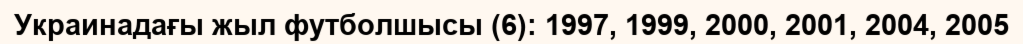
Украинадағы жыл футболшысы (6): 1997, 1999, 2000, 2001, 2004, 2005